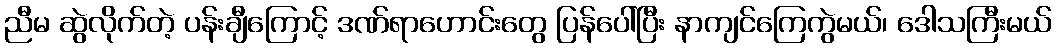
ညီမ ဆွဲလိုက်တဲ့ ပန်းချီကြောင့် ဒဏ်ရာဟောင်းတွေ ပြန်ပေါ်ပြီး နာကျင်ကြေကွဲမယ်၊ ဒေါသကြီးမယ်